Report of the Hyderabad Chloroform Commission
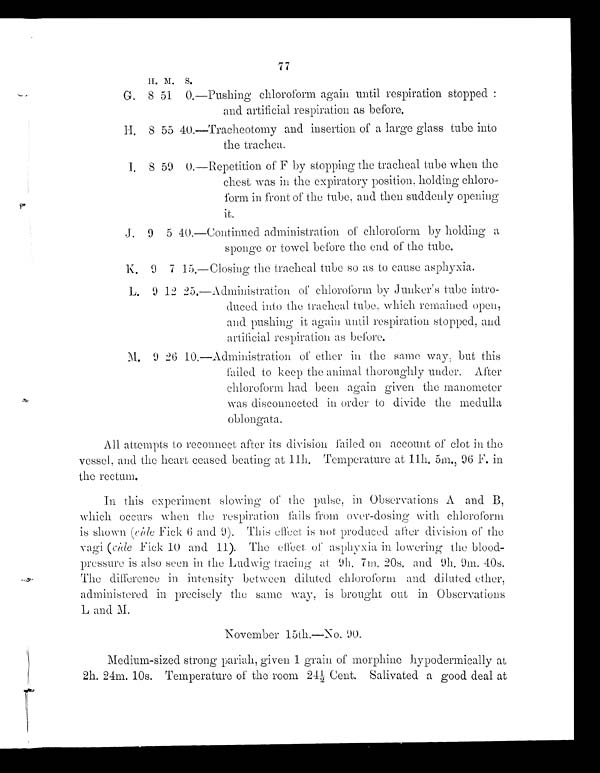
77
H . M . S .
G. 8 51 0.—Pushing chloroform again until respiration stopped :
and artificial respiration as before.
H. 8 54 40.—Tracheotomy and insertion of a large glass tube into
the trachea.
I. 8 59 0.—Repetition of F by stopping the tracheal tube when the
chest was in the expiratory position, holding chloro-
form in front of the tube, and then suddenly opening
it.
J. 9 5 40.—Continued administration of chloroform by holding a
sponge or towel before the end of the tube.
K.
9 7 15. —Cl os i ng t he t r a c he a l t ube s o a s t o c a us e a s phyxi a .
L. 9 12 25.—Administration of chloroform by Junker's tube intro-
duced into the tracheal. tube, which remained open,
and pushing it again ulntil respirations stopped, and
artificial respiration as before.
M. 9 26 10.—Administration of ether in the same way ; but this
failed to keep the animal thoroughly under. After
chloroform had been again given the manometer
was disconnected in order to divide the medulla
oblongata.
All attempts to reconnect after its division failed on account of clot in the
vessel, and the heart ceased beating at 11h. Temperature at 11h. 5m., 96 F. in
the rectum.
In this experiment slowing of the pulse, in Observations A and B,
which occurs when the respiration fails from over-dosing with chloroform
is shown (vide Fick 6 and 9). This effect. is not. produced after division of the
vagi (vide
Fick 10 and 11). The effect of asphyxia in lowering the blood-
pressure is also seen in the Ludwig tracing at 9h. 7m. 20s. and 9h. 9m. 40s.
The difference in intensity between diluted chloroform and diluted etker,
administered in precisely the same way, is brougkt out in Observations
L and M.
November 15th.—No. 90.
Medium-sized strong pariah, given 1 grain of morphine hypodermically at
2h. 24m. 10s. Temperature of the room 241/2, Cent. Salivated a good deal at